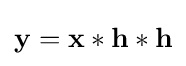
\mathbf {y} =\mathbf {x} *\mathbf {h} *\mathbf {h}